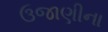
ઉજાણીના